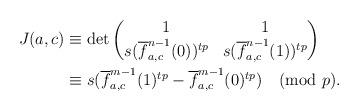
LaTeX: \begin{align*} J(a,c) &\equiv \det \begin{pmatrix} 1 & 1 \\ s (\overline{f}^{n-1}_{a,c}(0))^{t p} & s (\overline{f}^{n-1}_{a,c}(1))^{t p}\\ \end{pmatrix} \\ &\equiv s(\overline{f}^{m-1}_{a,c}(1)^{t p} - \overline{f}^{m-1}_{a,c}(0)^{t p}) \pmod{p}.\end{align*}